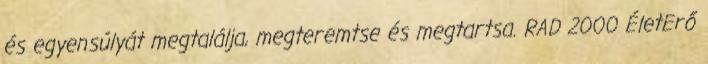
és egyensúlyát megtalálja, megteremtse és megtartsa. RAD 2000 ÉletErő